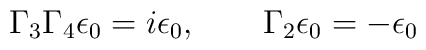
\Gamma _{3}\Gamma _{4}\epsilon _{0}=i\epsilon _{0},\qquad \Gamma_{2}\epsilon _{0}=-\epsilon _{0}